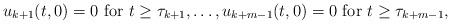
LaTeX: \begin{align*}u_{k+1}(t, 0) = 0 \mbox{ for } t \ge \tau_{k+1}, \dots, u_{k+m-1} (t, 0) = 0 \mbox{ for } t \ge \tau_{k+ m -1},\end{align*}